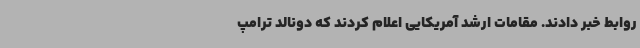
روابط خبر دادند. مقامات ارشد آمریکایی اعلام کردند که دونالد ترامپ